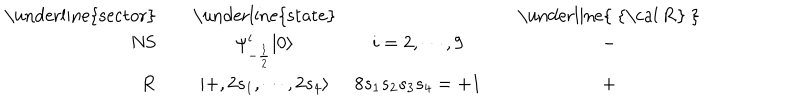
\begin{array} { r c c c c c } { { \mathrm { \underline { { { s e c t o r } } } } } } & { { { } } } & { { \mathrm { \underline { { { s t a t e } } } } } } & { { { } } } & { { { } } } & { { \mathrm { \underline { { { ~ { \cal ~ R } ~ } } } } } } \\ { { \mathrm { N S } } } & { { { } } } & { { \psi _ { - { \frac { 1 } { 2 } } } ^ { i } | 0 \rangle } } & { { i = 2 , \cdots , 9 } } & { { { } } } & { { - } } \\ { { \mathrm { R } } } & { { { } } } & { { | + , 2 s _ { 1 } , \cdots , 2 s _ { 4 } \rangle } } & { { 8 s _ { 1 } s _ { 2 } s _ { 3 } s _ { 4 } = + 1 } } & { { { } } } & { { + } } \\ \end{array}